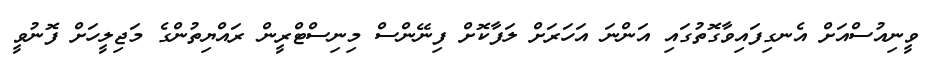
ވީނިއުސްއަށް އެނގިފައިވާގޮތުގައި އަންނަ އަހަރަށް ލަފާކޮށް ފިނޭންސް މިނިސްޓްރީން ރައްޔިތުންގެ މަޖިލީހަށް ފޮނުވީ